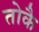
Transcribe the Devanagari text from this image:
तोकै